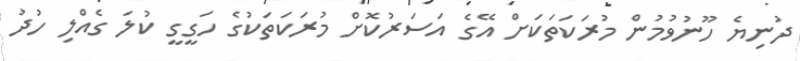
ދުނިޔެ ހޫނުވުމުން މުރަކަތަކަށް އޭގެ އަސަރުކޮށް މުރަކަތަކުގެ ހަގީގީ ކުލަ ގެއްލި ހުދު